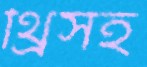
থ্রিসহ